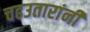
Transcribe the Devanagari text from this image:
चढउतारांनी